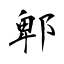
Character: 郫